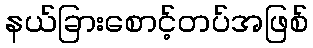
နယ်ခြားစောင့်တပ်အဖြစ်